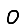
Digit: 0